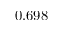
0 . 6 9 8